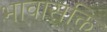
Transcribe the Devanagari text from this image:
भावासक्ति